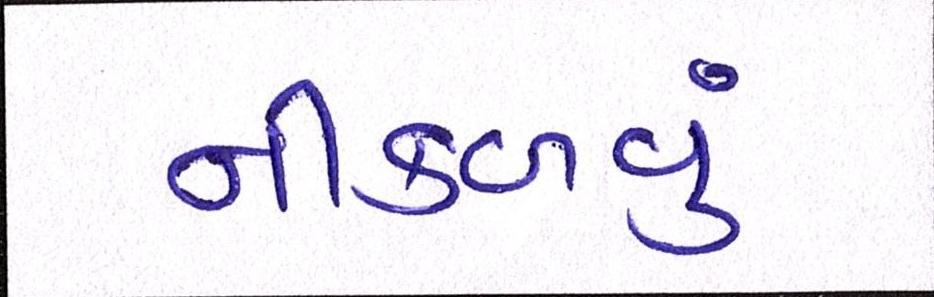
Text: નીકળવું